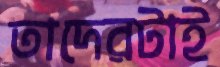
তাদেরটাই